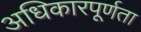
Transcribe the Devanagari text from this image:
अधिकारपूर्णता